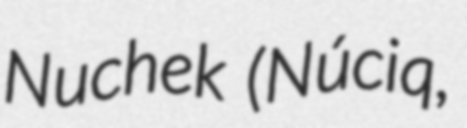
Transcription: Nuchek (Núciq,